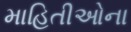
માહિતીઓના